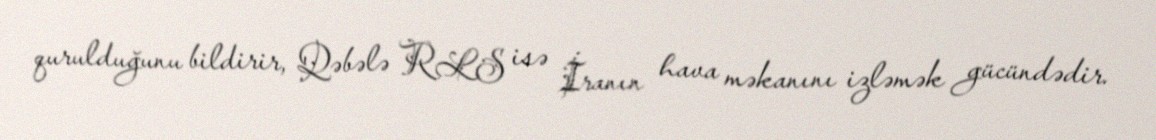
qurulduğunu bildirir, Qəbələ RLS isə İranın hava məkanını izləmək gücündədir.